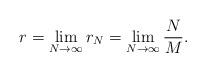
LaTeX: \begin{align*}r=\lim_{N \rightarrow \infty}r_N=\lim_{N \rightarrow \infty } \frac{N}{M}.\end{align*}